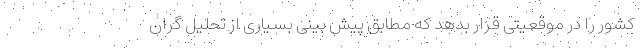
کشور را در موقعیتی قرار بدهد که مطابق پیش بینى بسیارى از تحلیل گران